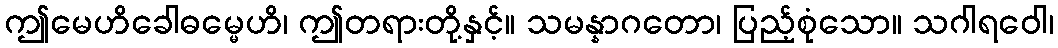
ဤမေဟိခေါဓမ္မေဟိ၊ ဤတရားတို့နှင့်။ သမန္နာဂတော၊ ပြည့်စုံသော။ သဂါရဝေါ၊